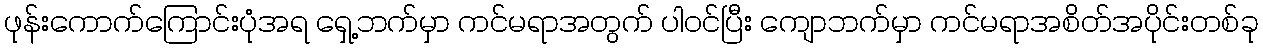
ဖုန်းကောက်ကြောင်းပုံအရ ရှေ့ဘက်မှာ ကင်မရာအတွက် ပါဝင်ပြီး ကျောဘက်မှာ ကင်မရာအစိတ်အပိုင်းတစ်ခု